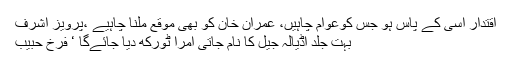
اقتدار اسی کے پاس ہو جس کوعوام چاہیں، عمران خان کو بھی موقع ملنا چاہیے ،پرویز اشرف
بہت جلد اڈیالہ جیل کا نام جاتی امرا ٹورکھ دیا جائےگا ‘ فرخ حبیب